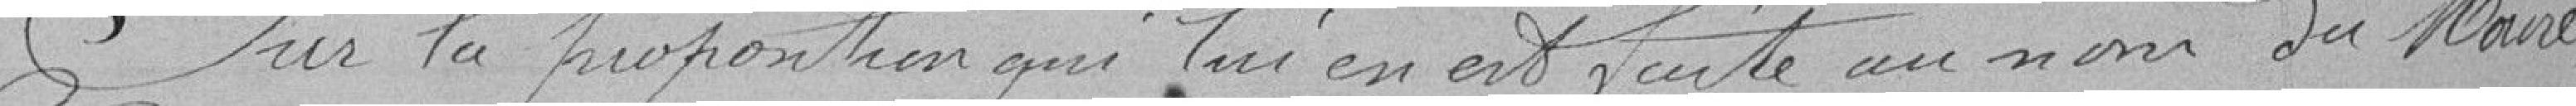
Sur la proposition qui lui en est faite au nom du Maire,